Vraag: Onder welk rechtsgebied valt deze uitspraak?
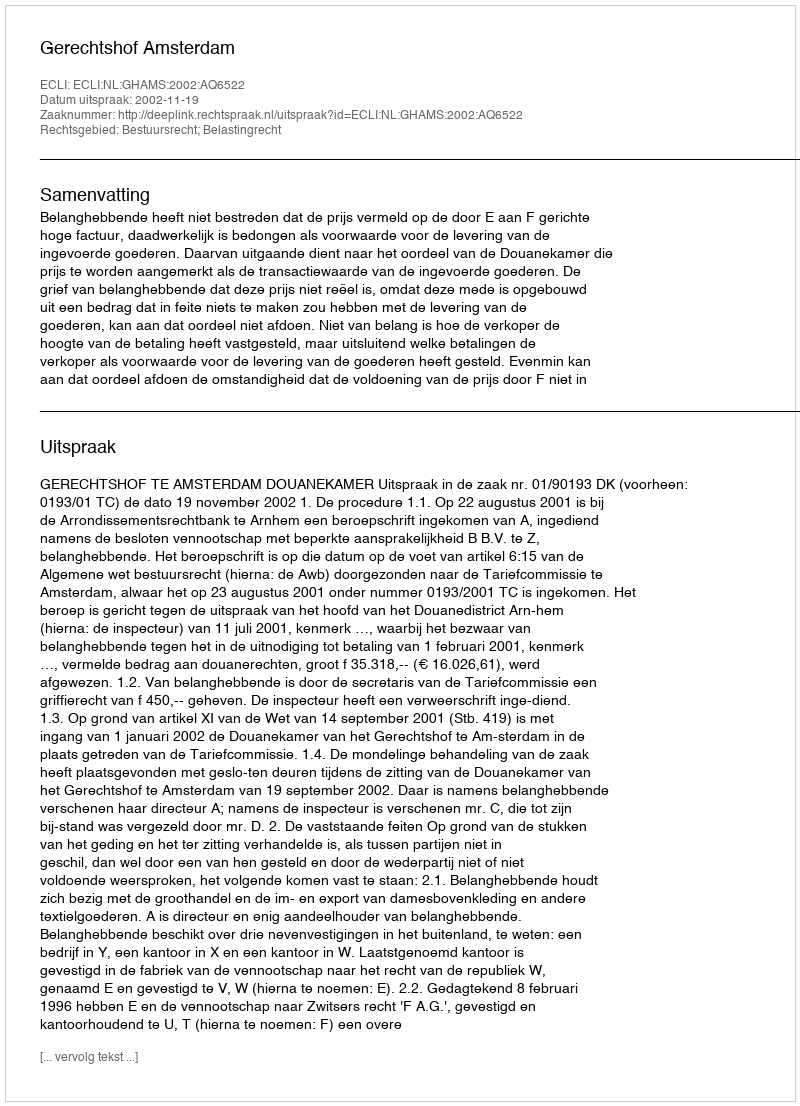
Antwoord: Bestuursrecht; Belastingrecht